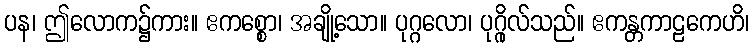
ပန၊ ဤလောက၌ကား။ ဧကစ္စော၊ အချို့သော။ ပုဂ္ဂလော၊ ပုဂ္ဂိုလ်သည်။ ဧကန္တကာဠကေဟိ၊